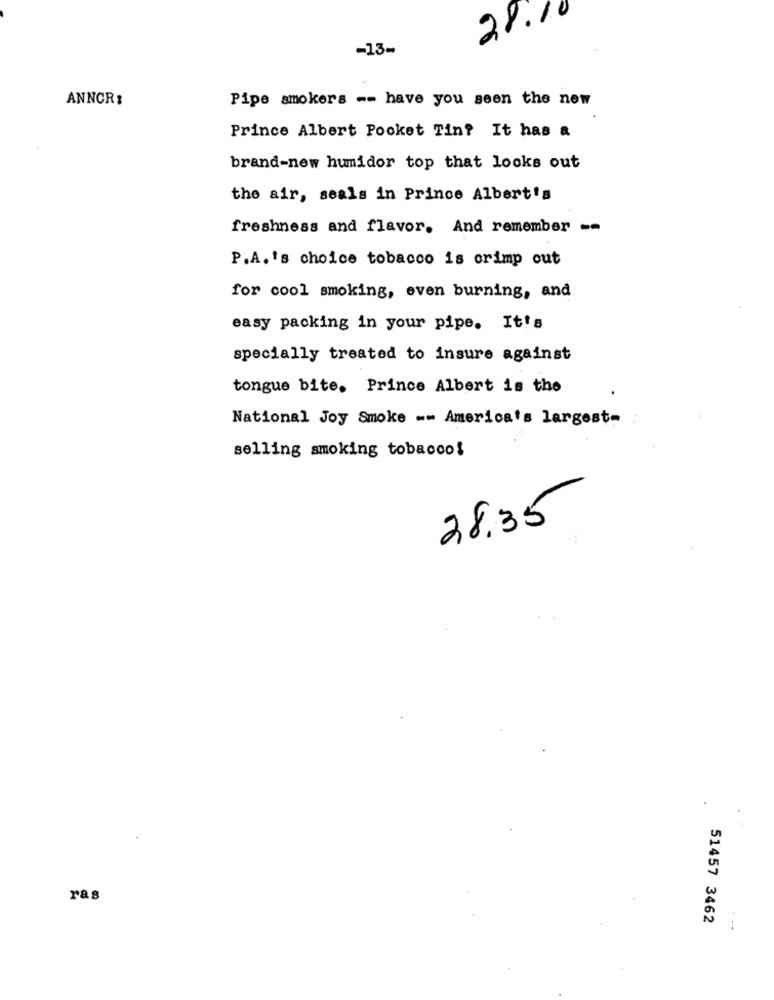
28.1
-13-
ANNCR:
Pipe smokers -- have you seen the new
Prince Albert Pocket Tin? It has a
brand-new humidor top that looks out
the air, seals in Prince Albert's
freshness and flavor. And remember --
P.A.'s choice tobacco is crimp out
for cool smoking, even burning, and
easy packing in your pipe. It's
specially treated to insure against
tongue bite. Prince Albert is the
National Joy Smoke -- America's largest-
selling smoking tobacco!
28.35
ras
51457 3462